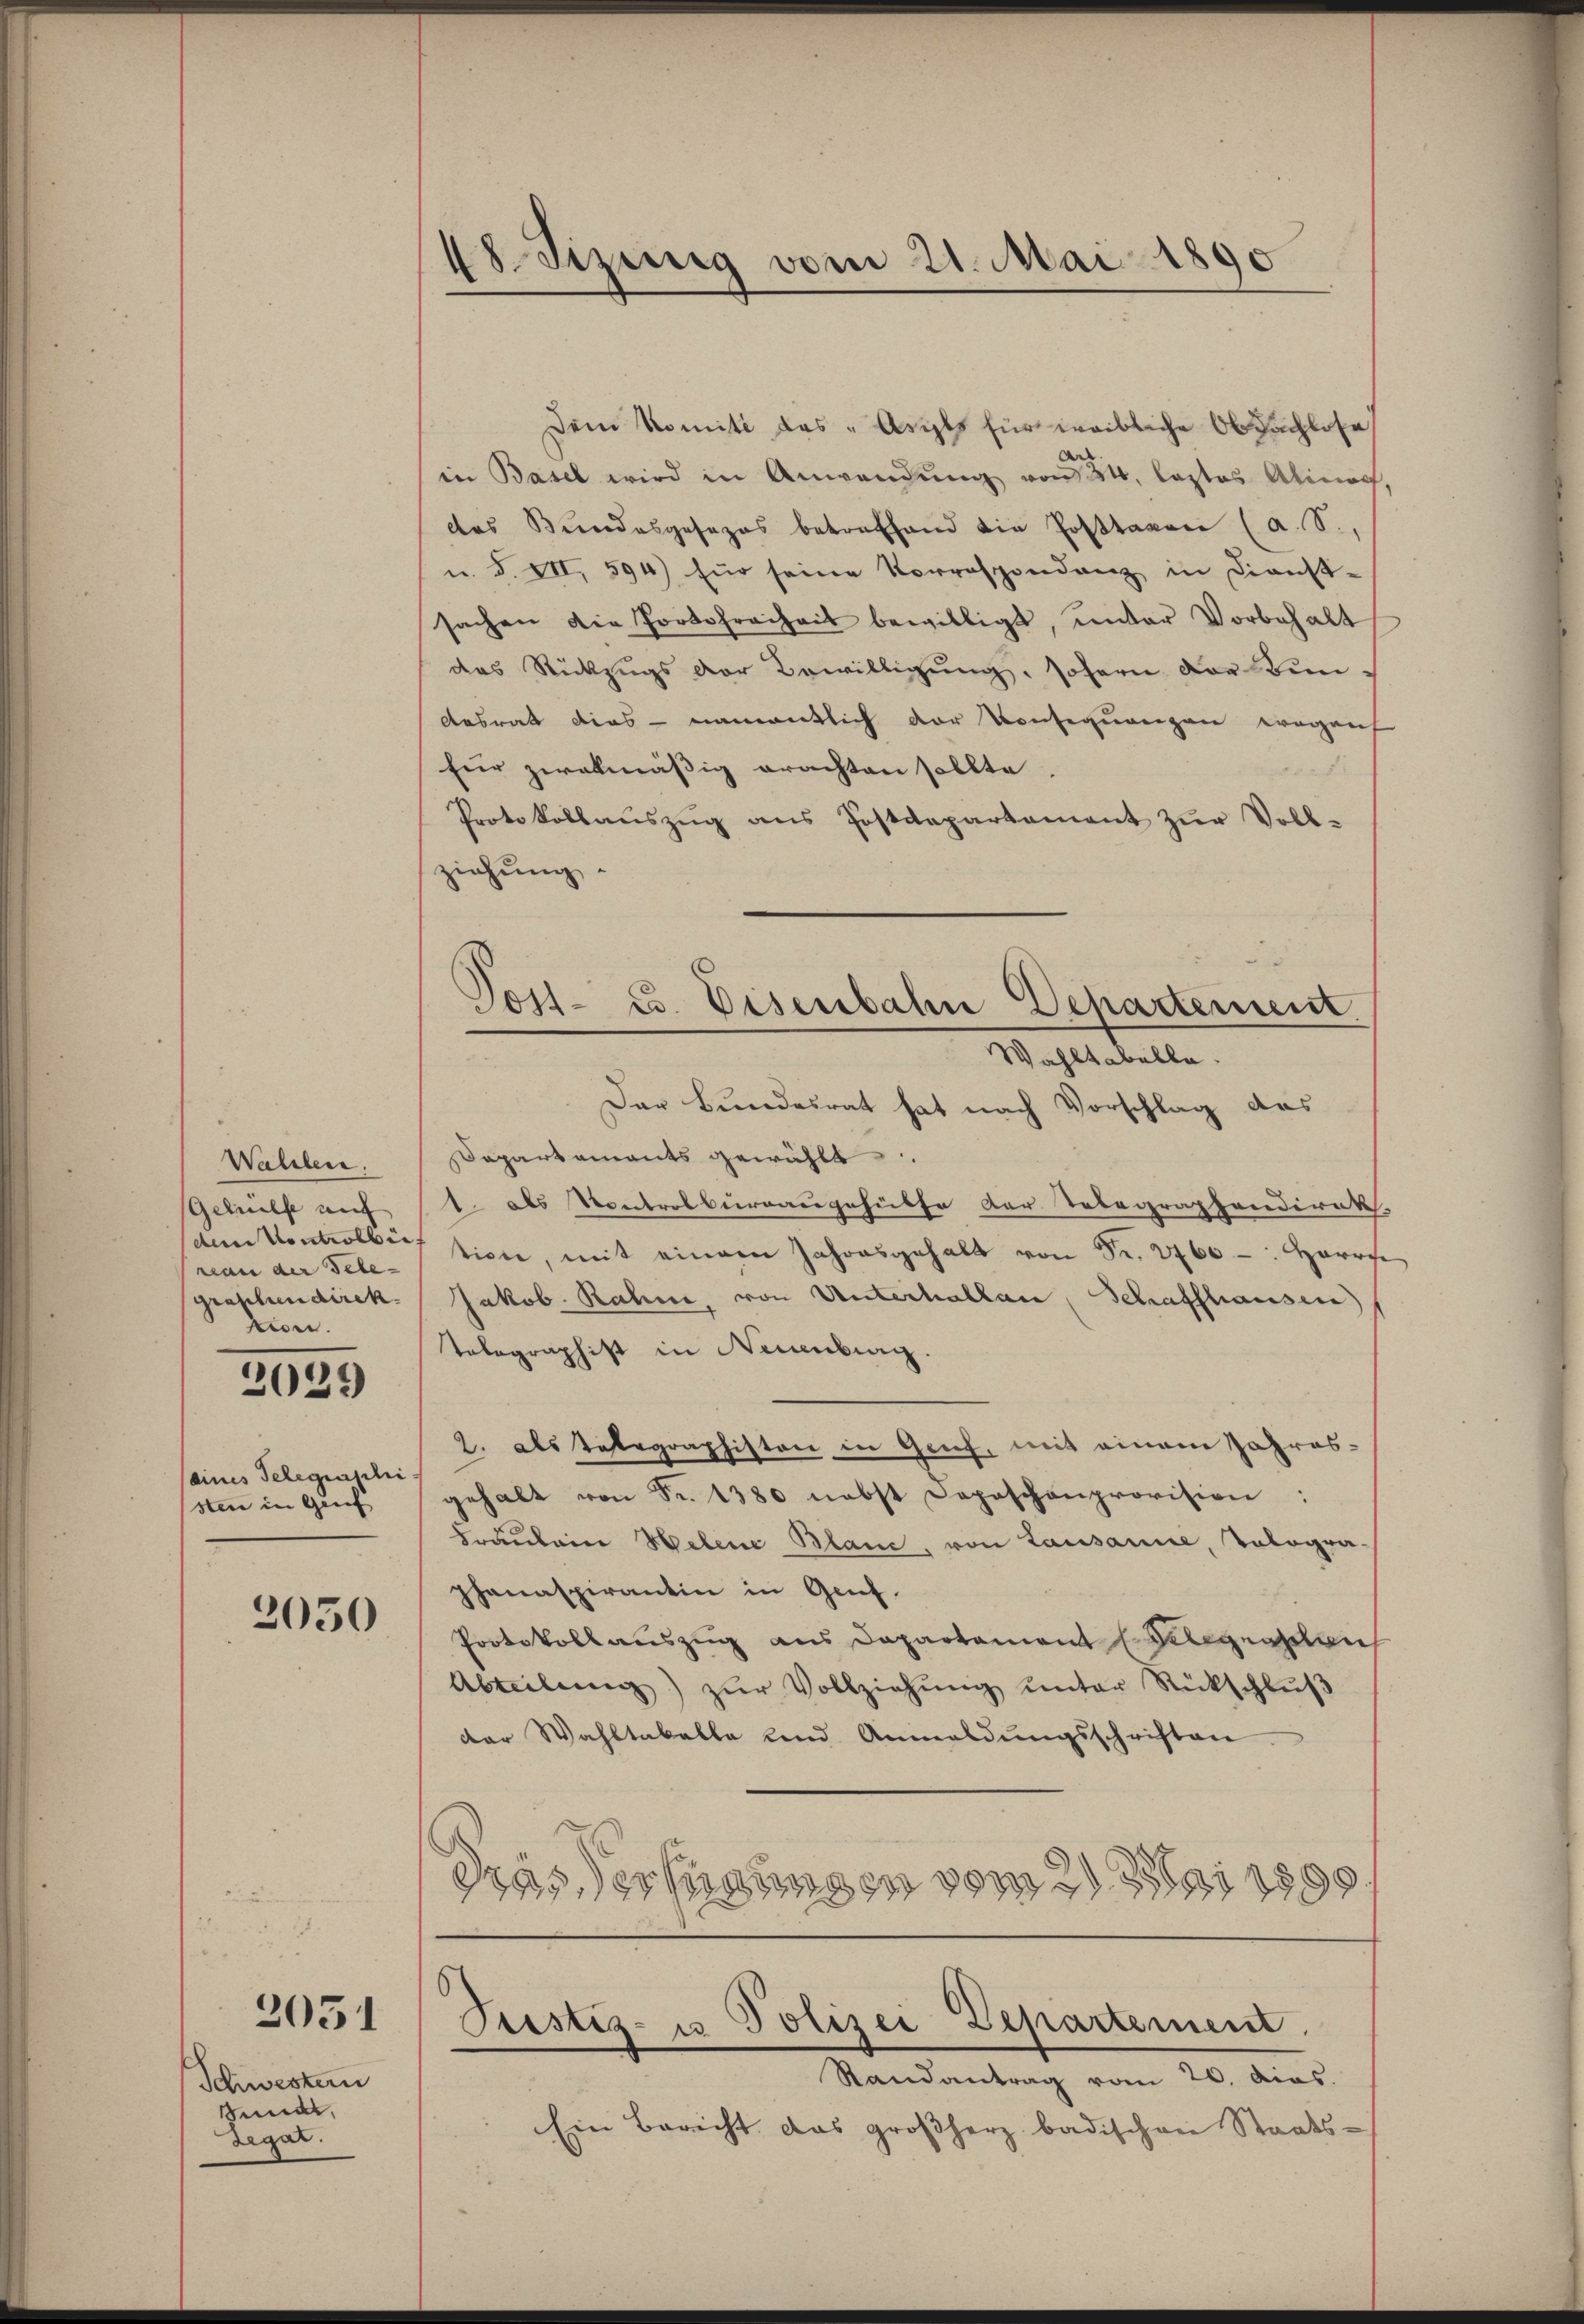
Wallen.
Gehülfe auf
dem Kontrolbei
reau der Tele-
graphen direk
zon.

2029

(eines Telegenschi
sten in Genf

2050

2051

Schwestern
sundt,
Legat.

18. Sizinnig vom 21. Mai 1890

Dem Komite das "Argls für weibliche Obdachlose
in Basel wird in Anwendŭng von 24, lastes Alinas
des Bundesgesezes betreffend die Posttaxa (a. S.,
u. S. VII, 594) für seine Vorrespondenz in Dienst-
sachen die Portofreiheit bewilligt, unter Vorbehalt
das Rückzugs der Bewilligung, sofern der Bundesrat dies - namentlich der Konsequenzen wegen
für zwekmäßig erachten sollte.
Protokollaŭszŭg ans Postdepartement zŭr Voll-
ziehung
Der Bundesrat hat nach Vorschlag das
Dapartements gewählt.
1. als Kontrolbureaugehülfe der Telegraphendirek
tione, mit einem Jahresgehalt von Fr. 2760 -: Herrch
Jakob. Rahme, von Unterhallen, Schaffhausen,
Tolographist in Neuenburg.
2. als Telegraphiston in Genf, mit einem Jahres-
gehalt von Fr. 1380 nebst Depeschenprovision:
Fräulein Helene Blanc, von Lausanie, Tologra-
phanaspirantin in Genf.
Protokollauszug aus Departement Gelegraschau
Abteilung) zŭr Vollziehŭng ŭnter Rückschlŭβ
der Wahltakelte und Anmeldŭngsschriften
drasterfügungen vom 21. Mai 1888
s
Justiz- u Polizei Departement
Randantrag vom 20. dias.
Ein Bericht das großherz badischen Staats-

Post- u. Eisenbahn Departement.
Wahltabelle.